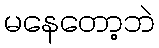
မနေတော့ဘဲ